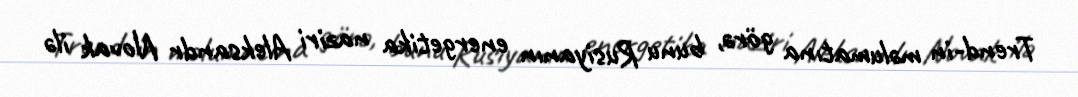
Trend-in məlumatına görə, bunu Rusiyanın energetika naziri Aleksandr Novak ilə